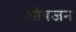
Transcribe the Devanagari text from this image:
ओषजन